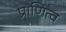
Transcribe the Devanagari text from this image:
प्राणित्व